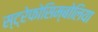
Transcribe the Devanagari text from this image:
स्ट्रेफोसिम्बोलिया